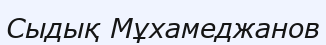
Сыдық Мұхамеджанов